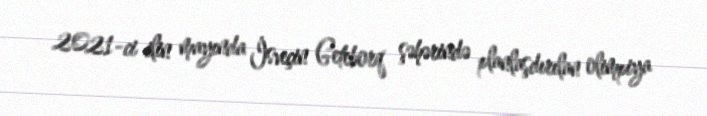
2021-ci ilin mayında İsveçin Geteborq şəhərində planlaşdırılan olimpiya